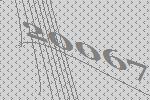
20067